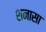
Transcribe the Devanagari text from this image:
शनासा